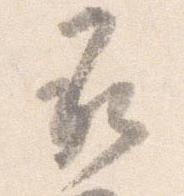
承